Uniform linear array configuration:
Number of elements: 32
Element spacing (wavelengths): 0.5
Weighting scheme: binomial
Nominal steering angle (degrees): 45
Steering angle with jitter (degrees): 43.74
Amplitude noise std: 0.05
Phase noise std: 0.05

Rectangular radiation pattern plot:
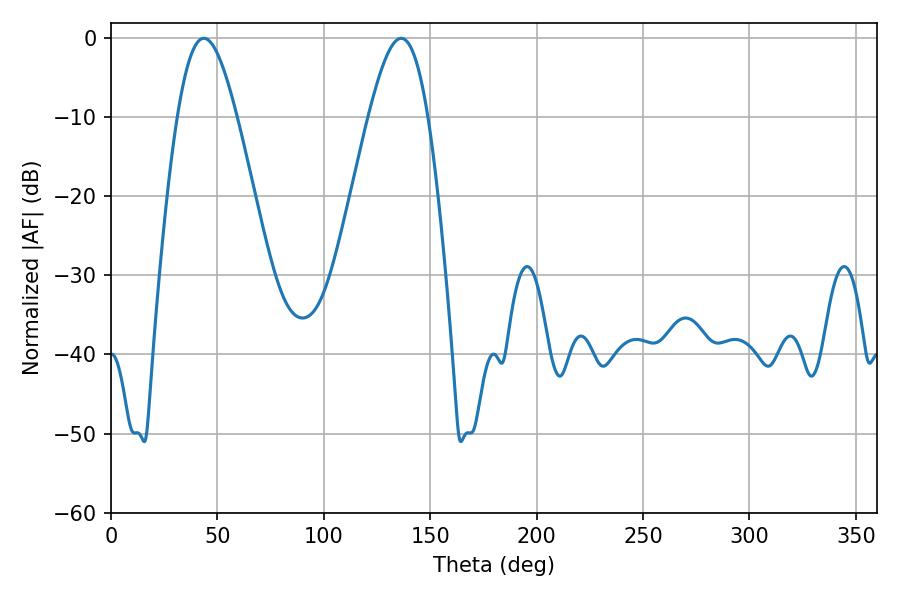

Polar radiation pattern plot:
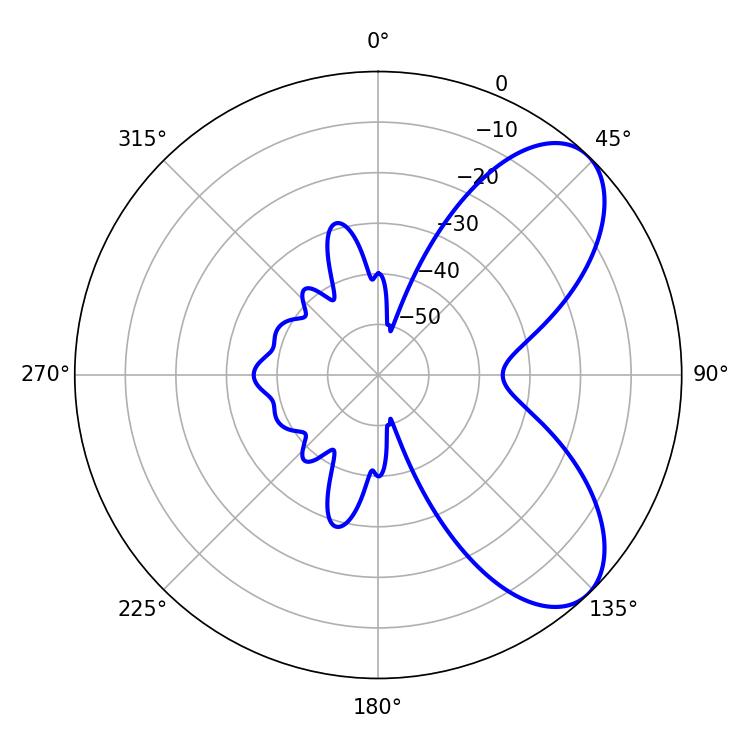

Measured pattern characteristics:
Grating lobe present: FALSE
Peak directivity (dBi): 7.009
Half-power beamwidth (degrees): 15.12
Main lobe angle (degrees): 43.56